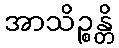
အာသိဉ္စန္တိ